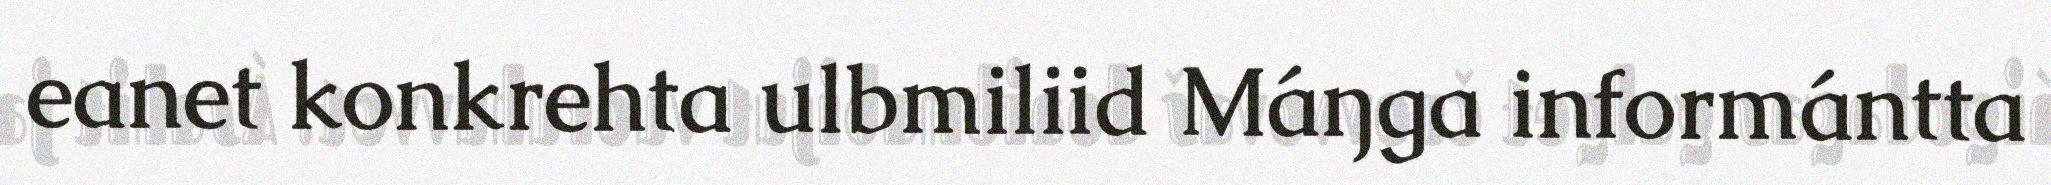
eanet konkrehta ulbmiliid Máŋga informántta